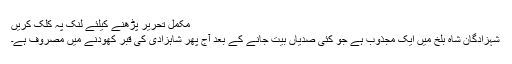
مکمل تحریر پڑھنے کیلئے لنک پہ کلک کریں
شہزادگانِ شاہ بلخ میں ایک مجذوب ہے جو کئی صدیاں بیت جانے کے بعد آج پھر شاہزادی کی قبر کھودنے میں مصروف ہے۔